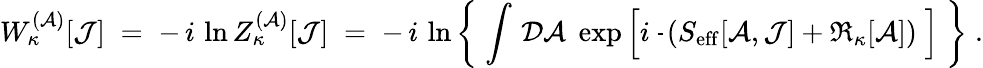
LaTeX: W_{\kappa}^{({\cal A})}[{\cal J}]\; =\; -\, i\, \ln Z_{\kappa}^{({\cal A})}[{\cal J}]\; =\; -\, i\, \ln\left\{ \; \int\, {\cal D}{\cal A}\; \exp\left[i\, \frac{}{}\left(S_{\mathrm{eff}}[{\cal A},{\cal J}]+\Re_{\kappa}[{\cal A}]\right)\; \right]\; \right\} \; .